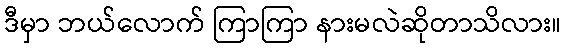
ဒီမှာ ဘယ်လောက် ကြာကြာ နားမလဲဆိုတာသိလား။